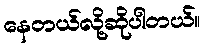
နေတယ်လို့ဆိုပါတယ်။